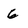
Character: 6